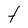
Character: t